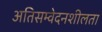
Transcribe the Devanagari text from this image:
अतिसम्वेदनशीलता